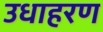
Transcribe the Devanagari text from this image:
उधाहरण